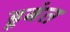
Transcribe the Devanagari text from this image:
डूबंत